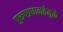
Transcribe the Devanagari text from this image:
पुरूषप्रधानतेमुळे